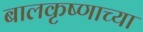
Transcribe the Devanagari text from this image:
बालकृष्णाच्या